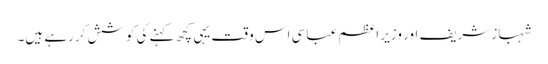
شہباز شریف اور وزیر ِاعظم عباسی اس وقت یہی کچھ کہنے کی کوشش کررہے ہیں۔